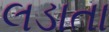
લડાતા